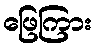
ဖြေကြား